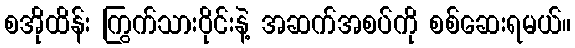
စအိုထိန်း ကြွက်သားဝိုင်းနဲ့ အဆက်အစပ်ကို စစ်ဆေးရမယ်။